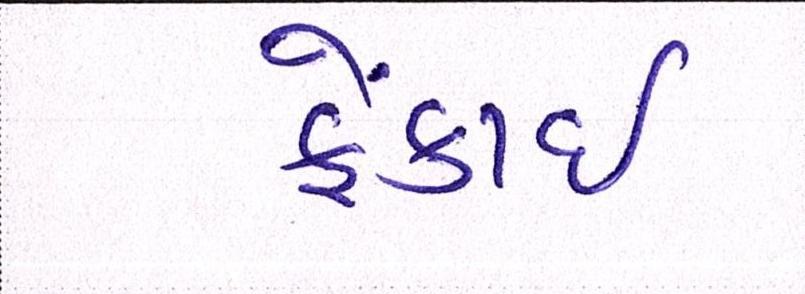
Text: ફેંકાઈ